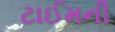
ટાઈમની